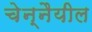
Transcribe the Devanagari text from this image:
चेन्नैयील